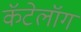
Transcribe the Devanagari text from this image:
कॅटेलॉग